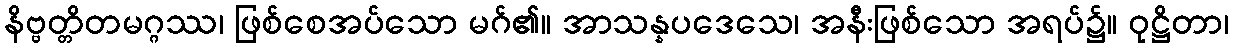
နိဗ္ဗတ္တိတမဂ္ဂဿ၊ ဖြစ်စေအပ်သော မဂ်၏။ အာသန္နပဒေသေ၊ အနီးဖြစ်သော အရပ်၌။ ဝုဋ္ဌိတာ၊